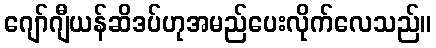
ဂျော်ဂျီယန်ဆိဒပ်ဟုအမည်ပေးလိုက်လေသည်။